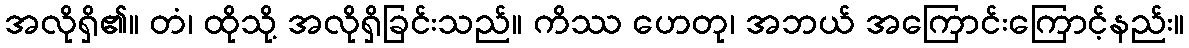
အလိုရှိ၏။ တံ၊ ထိုသို့ အလိုရှိခြင်းသည်။ ကိဿ ဟေတု၊ အဘယ် အကြောင်းကြောင့်နည်း။